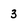
Character: 3